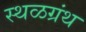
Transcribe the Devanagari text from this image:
स्थळग्रंथ